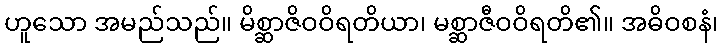
ဟူသော အမည်သည်။ မိစ္ဆာဇိဝဝိရတိယာ၊ မစ္ဆာဇီဝဝိရတိ၏။ အဓိဝစနံ၊